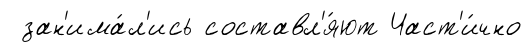
зан'има́л'ись составл'я́ют Част'и́чно